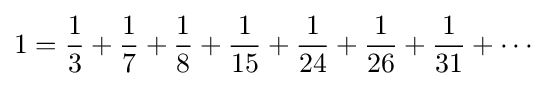
1={\frac {1}{3}}+{\frac {1}{7}}+{\frac {1}{8}}+{\frac {1}{15}}+{\frac {1}{24}}+{\frac {1}{26}}+{\frac {1}{31}}+\cdots